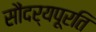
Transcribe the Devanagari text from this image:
सौंदर्यपूरति